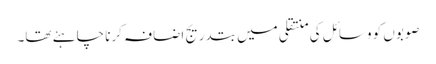
صوبوں کو وسائل کی منتقلی میں بتدریج اضافہ کرنا چاہئے تھا۔